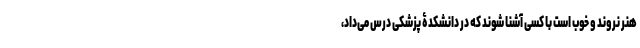
هنر نروند و خوب است با کسی آشنا شوند که در دانشکدۀ پزشکی درس می‌داد،